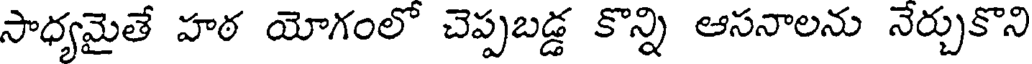
సాధ్యమైతే హఠ యోగంలో చెప్పబడ్డ కొన్ని ఆసనాలను నేర్చుకొని